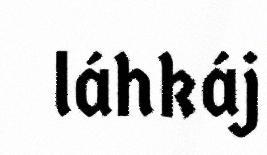
láhkáj